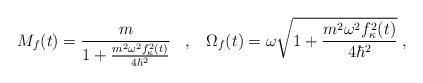
LaTeX: \begin{align*}M_f(t)= \frac{m}{1 + \frac{m^2\omega^2f_{\kappa}^2(t)}{4\hbar^2}}\;\;\;,\;\;\;\Omega_f (t)= \omega \sqrt{1 +\frac{m^2\omega^2f_{\kappa}^2(t)}{4\hbar^2}}\;, \end{align*}